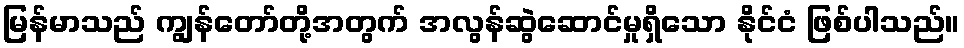
မြန်မာသည် ကျွန်တော်တို့အတွက် အလွန်ဆွဲဆောင်မှုရှိသော နိုင်ငံ ဖြစ်ပါသည်။